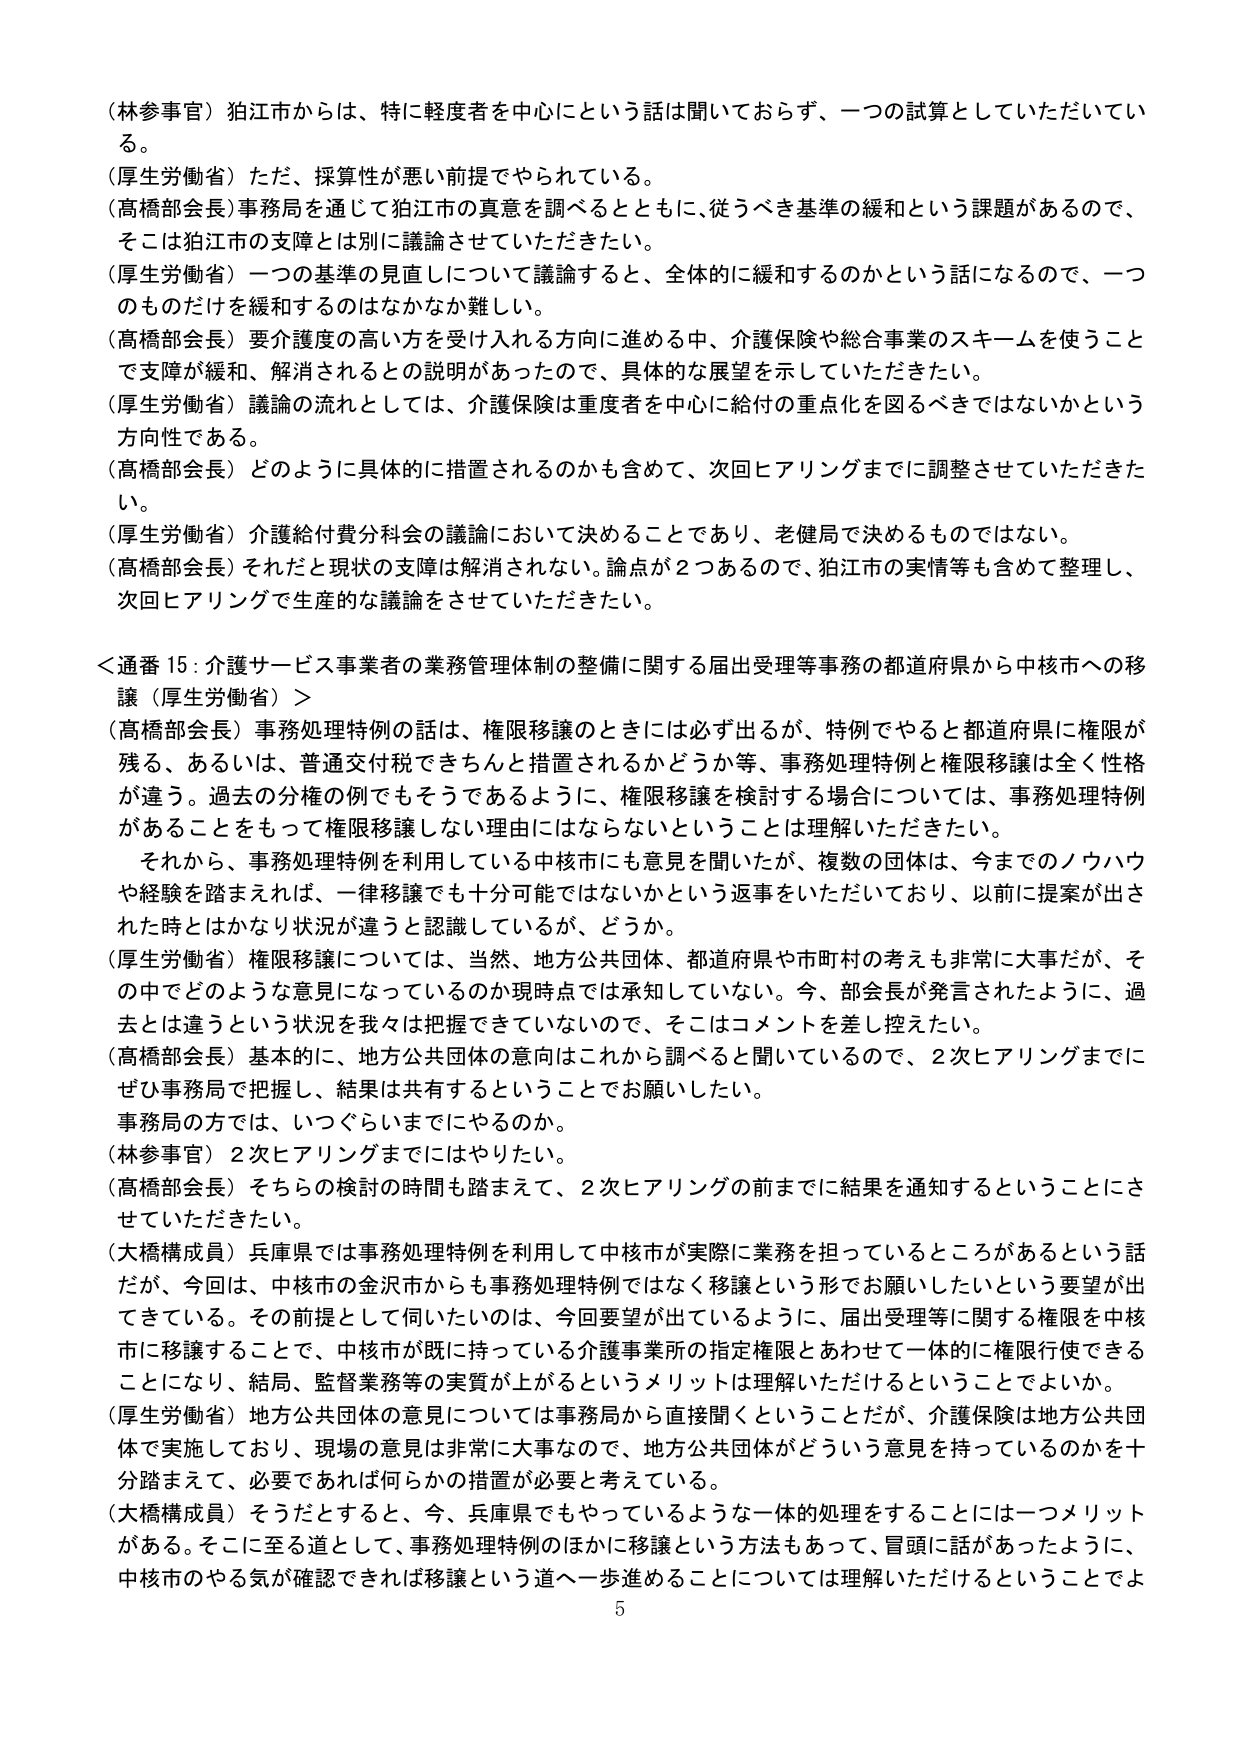
（林参事官）狛江市からは、特に軽度者を中心にという話は聞いておらず、一つの試算としていただいてい
る。
（厚生労働省）ただ、採算性が悪い前提でやられている。
（高橋部会長）事務局を通じて狛江市の真意を調べるとともに、従うべき基準の緩和という課題があるので、
そこは狛江市の支障とは別に議論させていただきたい。
（厚生労働省）一つの基準の見直しについて議論すると、全体的に緩和するのかという話になるので、一つ
のものだけを緩和するのはなかなか難しい。
（高橋部会長）要介護度の高い方を受け入れる方向に進める中、介護保険や総合事業のスキームを使うこと
で支障が緩和、解消されるとの説明があったので、具体的な展望を示していただきたい。
（厚生労働省）議論の流れとしては、介護保険は重度者を中心に給付の重点化を図るべきではないかという
方向性である。
（高橋部会長）どのように具体的に措置されるのかも含めて、次回ヒアリングまでに調整させていただきた
い。
（厚生労働省）介護給付費分科会の議論において決ることであり、老健局で決めるものではない。
（高橋部会長）それだと現状の支障は解消されない。論点が２つあるので、狛江市の実情等も含めて整理し、
次回ヒアリングで生産的な議論をさせていただきたい。

＜通番 15：介護サービス事業者の業務管理体制の整備に関する届出受理等事務の都道府県から中核市への移
譲（厚生労働省）＞
（高橋部会長）事務処理特例の話は、権限移譲のときには必ず出るが、特例でやると都道府県に権限が
残る、あるいは、普通交付税できちんと措置されるかどうか等、事務処理特例と権限移譲は全く性格
が違う。過去の分権の例でもそうであるように、権限移譲を検討する場合には、事務処理特例
があることをもって権限移譲しない理由にはならないということは理解いただきたい。
　それから、事務処理特例を利用している中核市にも意見を聞いたが、複数の団体は、今までのノウハウ
や経験を踏まえれば、一律移譲でも十分可能ではないかという返事をいただいており、以前に提案が出さ
れた時とはかなり状況が違うと認識しているが、どうか。
（厚生労働省）権限移譲については、当然、地方公共団体、都道府県や市町村の考えも非常に大事だが、そ
の中でどのような意見になっているのか現時点では承知していない。今、部会長が発言されたように、過
去とは違うという状況を我々は把握できていないので、そこはコメントを差し控えたい。
（高橋部会長）基本的に、地方公共団体の意向はこれから調べると聞いているので、２次ヒアリングまでに
ぜひ事務局で把握し、結果は共有するということでお願いしたい。
　事務局の方では、いつぐらいまでにやるのか。
（林参事官）２次ヒアリングまでにはやりたい。
（高橋部会長）そちらの検討の時間も踏まえて、２次ヒアリングの前までに結果を通知するということにさ
せていただきたい。
（大橋構成員）兵庫県では事務処理特例を利用して中核市が実際に業務を担っているところがあるという話
だが、今回は、中核市の金沢市からも事務処理特例ではなく移譲という形でお願いしたいという要望が出
てきている。その前提として伺いたいのは、今回要望が出ているように、届出受理等に関する権限を中核
市に移譲することで、中核市が既に持っている介護事業所の指定権限とあわせて一体的に権限行使できる
ことになり、結局、監督業務等の実質が上がるというメリットは理解いただけるということでよいか。
（厚生労働省）地方公共団体の意見については事務局から直接聞くということだが、介護保険は地方公共団
体で実施しており、現場の意見は非常に大事なので、地方公共団体がどういう意見を持っているのかを十
分踏まえて、必要であれば何らかの措置が必要と考えている。
（大橋構成員）そうだとすると、今、兵庫県でもやっているような一体的処理をすることには一つメリット
がある。そこに至る道として、事務処理特例のほかに移譲という方法もあって、冒頭に話があったように、
中核市のやる気が確認できれば移譲という道へ一歩進めることについては理解いただけるということでよ

5